Mental hospitals Bombay report 1921-28 - 1921-1928
Year: 1921
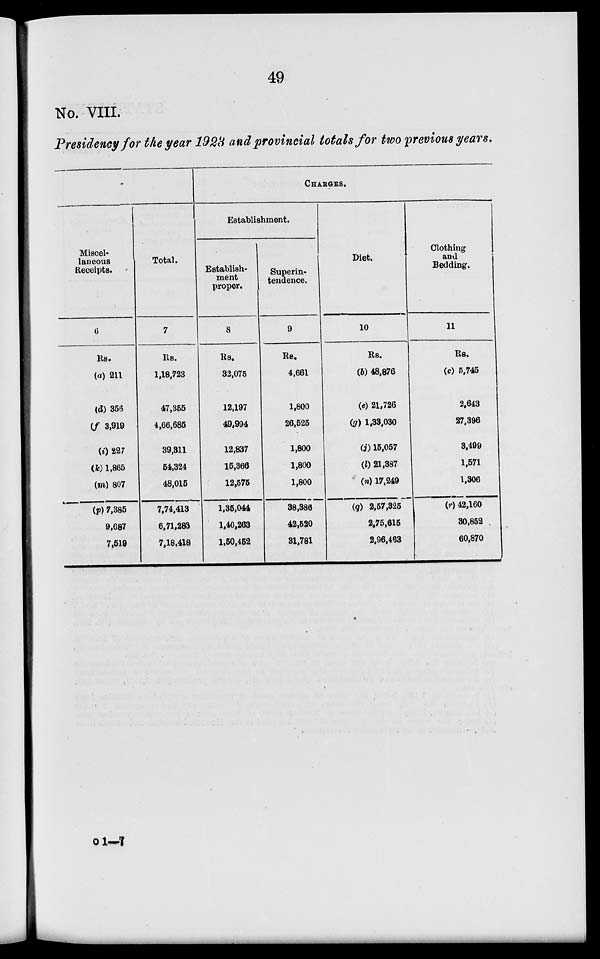
49
No. VIII.
Presidency for the year 1923 and provincial totals for two previous years.
Miscel-
laneous
Receipts.
6
Rs.
(a) 211
(d) 356
(f) 3,919
(i) 227
(k) 1,865
(m) 807
(p) 7,385
9,687
7,519
Total.
7
Rs.
1,18,723
47,355
4,66,685
39,311
54,324
48,015
7,74,413
6,71,283
7,18,418
CHARGES.
Establishment.
Establish-
ment
proper.
8
Rs.
32,075
12,197
49,994
12,837
15,366
12,575
1,35,044
1,40,263
1,50,452
Superin-
tendence.
9
Rs.
4,661
1,800
26,525
1,800
1,800
1,800
38,386
42,520
31,781
Diet.
10
Rs.
(b) 48,876
(e) 21,726
(g) 1,33,030
(j) 15,057
(l) 21,387
(n) 17,249
(q) 2,57,325
2,75,615
2,96,463
Clothing
and
Bedding.
11
Rs.
(c) 5,745
2,643
27,396
3,499
1,571
1,306
(r) 42,160
30,852
60,870
o 1—7